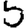
Digit: 5